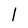
Character: l